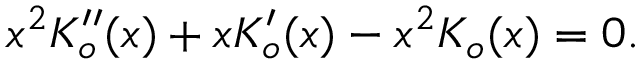
x ^ { 2 } K _ { o } ^ { \prime \prime } ( x ) + x K _ { o } ^ { \prime } ( x ) - x ^ { 2 } K _ { o } ( x ) = 0 . \nonumber